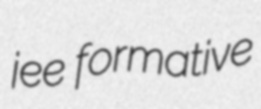
jee formative